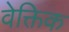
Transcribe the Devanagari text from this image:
वेक्तिक